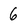
Character: 6